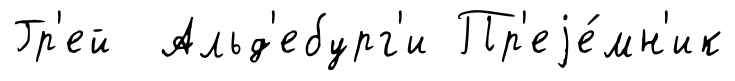
Гр'ей Альд'ебург'и Пр'еjе́мн'ик